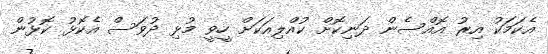
އެކަމަކު އިރު އޮއްސެން ދަނިކޮށް ކުއްލިއަކަށް ހީވީ މުޅި ދުވަސް އެކޮޅު ކޮޅުން